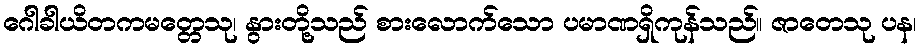
ဂေါခါယိတကမတ္တေသု၊ နွားတို့သည် စားလောက်သော ပမာဏရှိကုန်သည်။ ဇာတေသု ပန၊